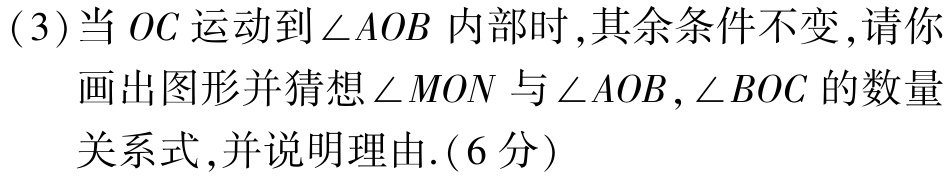
(3)当 \(OC\) 运动到 \(\angle AOB\) 内部时,其余条件不变,请你

画出图形并猜想 \(\angle MON\) 与 \(\angle AOB,\angle BOC\) 的数量

关系式,并说明理由.(6分)